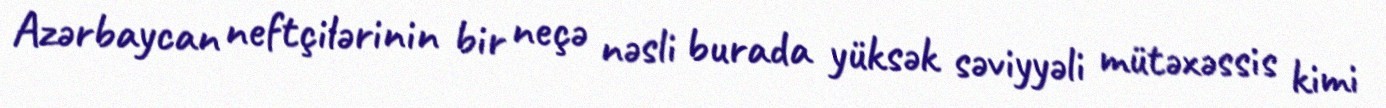
Azərbaycan neftçilərinin bir neçə nəsli burada yüksək səviyyəli mütəxəssis kimi